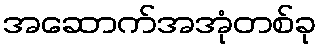
အဆောက်အအုံတစ်ခု